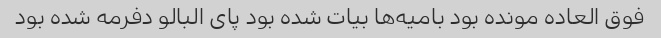
فوق العاده مونده بود بامیه‌ها بیات شده بود پای البالو دفرمه شده بود